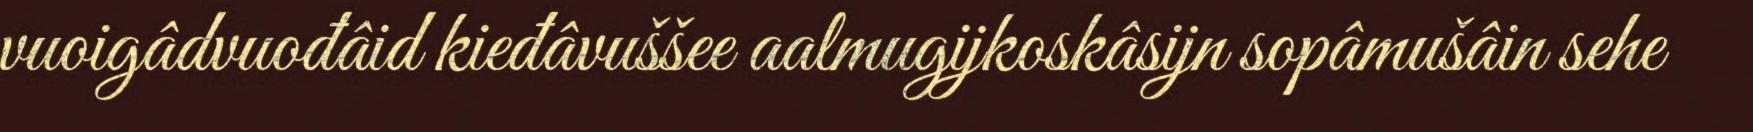
vuoigâdvuođâid kieđâvuššee aalmugijkoskâsijn sopâmušâin sehe